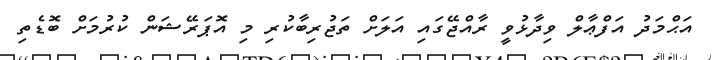
އަޙްމަދު އަފްޢާލް ވިދާޅުވީ ރާއްޖޭގައި އަލަށް ތަޖުރިބާކުރި މި އޮޕަރޭޝަން ކުރުމަށް ބޮޑެތި